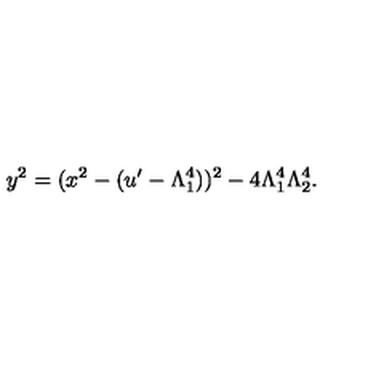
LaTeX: y ^ { 2 } = ( x ^ { 2 } - ( u ^ { \prime } - \Lambda _ { 1 } ^ { 4 } ) ) ^ { 2 } - 4 \Lambda _ { 1 } ^ { 4 } \Lambda _ { 2 } ^ { 4 } .